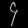
Digit: ၄